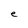
Character: e